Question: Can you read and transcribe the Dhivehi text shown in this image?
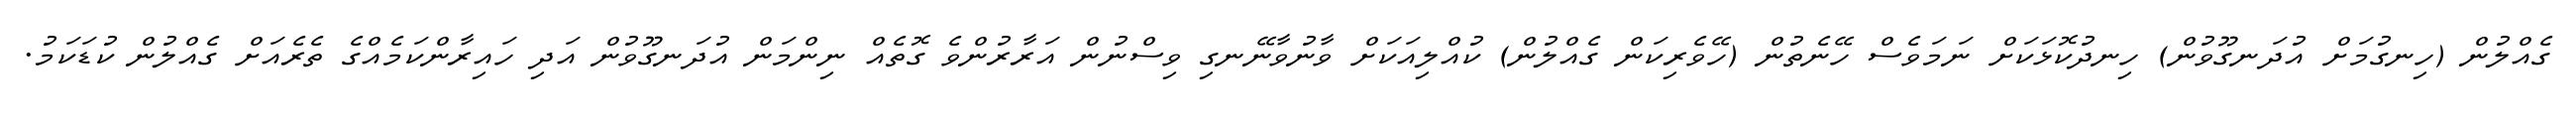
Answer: ގެއްލުން (ހިނގުމަށް އުދަނގޫވުން) ހިނދުކޮޅަކަށް ނަމަވެސް ހޭނެތުން (ހޭވެރިކަން ގެއްލުން) ކުއްލިއަކަށް ވާނުވާނޭނގި ވިސްނުން އަރާރުންވެ ގޮތެއް ނިންމަން އުދަނގޫވުން އަދި ހައިރާންކަމެއްގެ ތެރެއަށް ގެއްލުން ކުޑަކަމު.